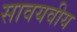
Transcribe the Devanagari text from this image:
सावयवीय